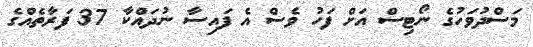
މަސްދުވަހުގެ ނޯޓިސް އަށް ފަހު ވެސް އެ ފައިސާ ނުދައްކާ 37 ފަރާތެއްގެ